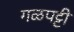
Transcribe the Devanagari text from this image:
गळपट्टी